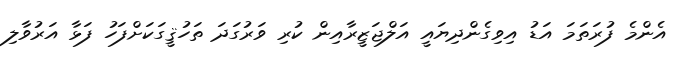
އެންމެ ފުރަތަމަ އަޑު އިވިގެންދިޔައީ އަލްޖަޒީރާއިން ކުރި ވަރުގަދަ ތަހުޤީގަކަށްފަހު ފަޅާ އަރުވާލި